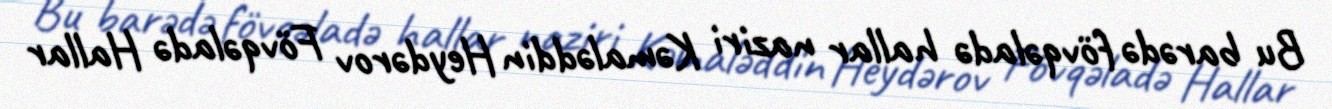
Bu barədə fövqəladə hallar naziri Kəmaləddin Heydərov Fövqəladə Hallar